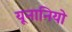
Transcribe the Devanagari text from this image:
यूनानियो